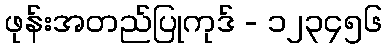
ဖုန်းအတည်ပြုကုဒ် - ၁၂၃၄၅၆